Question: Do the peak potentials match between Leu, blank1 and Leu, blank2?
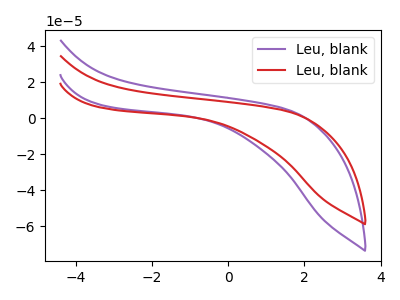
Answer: <think>The purple curve "Leu, blank1" has no peaks. The red curve "Leu, blank2" has no peaks.</think>
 <answer>Niether CV has any peaks.</answer>
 <eval>blanks</eval>